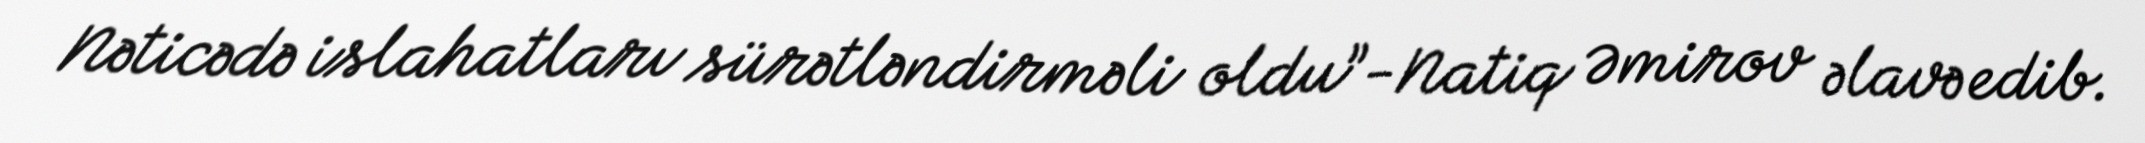
Nəticədə islahatları sürətləndirməli oldu”-Natiq Əmirov əlavə edib.